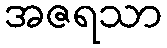
အဇရသာ